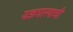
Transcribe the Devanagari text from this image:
यज्ञशास्त्राची